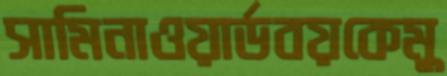
সামিনাওয়ার্ডবয়কেমু